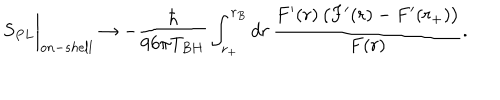
LaTeX: S _ { P L } \biggr \vert _ { o n - s h e l l } \rightarrow - \frac { \hbar } { 9 6 \pi T _ { B H } } \int _ { r _ { + } } ^ { r _ { B } } d r \, \frac { F ^ { \prime } ( r ) \, \bigl ( F ^ { \prime } ( r ) - F ^ { \prime } ( r _ { + } ) \bigl ) } { F ( r ) } .